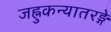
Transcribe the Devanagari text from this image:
जह्नुकन्यातरङ्गे